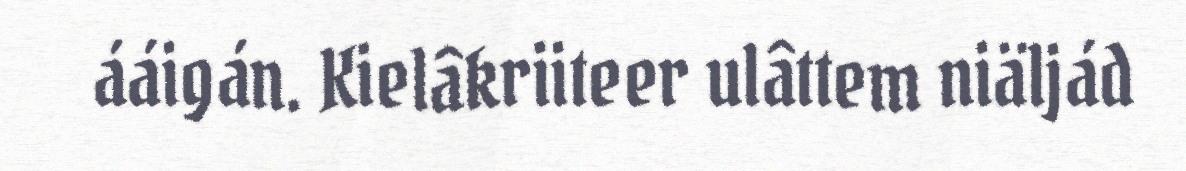
ááigán. Kielâkriiteer ulâttem niäljád